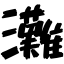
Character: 灘